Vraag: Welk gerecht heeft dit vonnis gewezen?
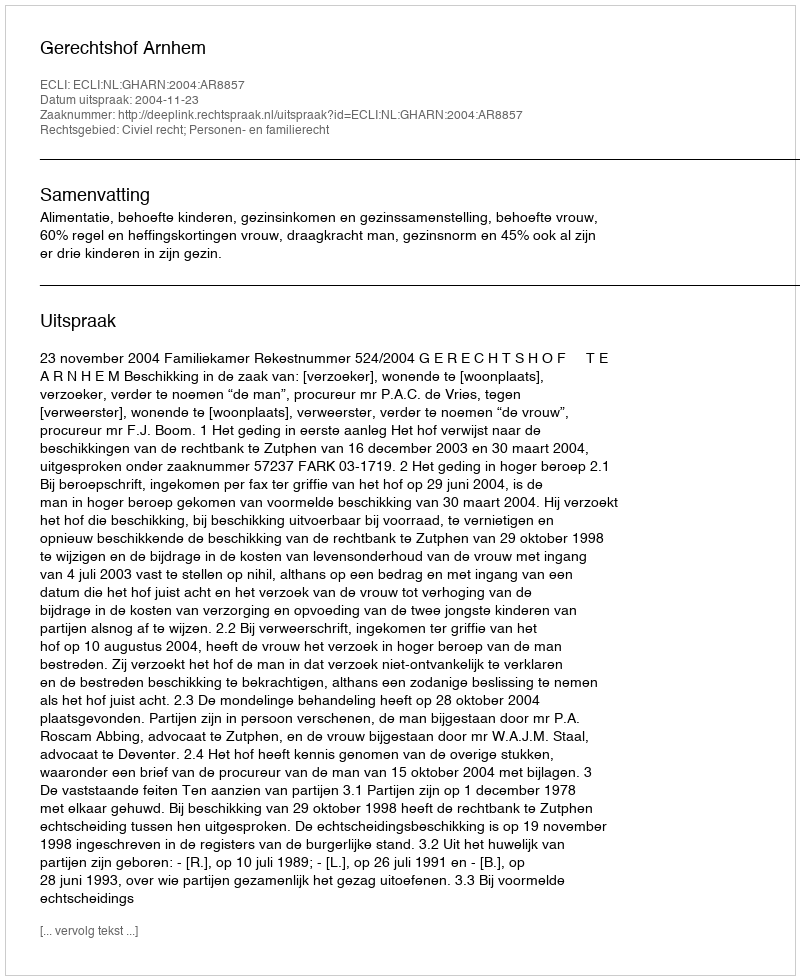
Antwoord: Gerechtshof Arnhem